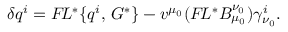
\delta q ^ { i } = { \cal F } \! L ^ { * } \{ q ^ { i } , \, G ^ { * } \} - v ^ { \mu _ { 0 } } ( { \cal F } \! L ^ { * } B _ { \mu _ { 0 } } ^ { \nu _ { 0 } } ) \gamma _ { \nu _ { 0 } } ^ { i } .